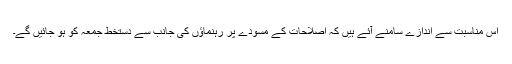
اس مناسبت سے اندازے سامنے آئے ہیں کہ اصلاحات کے مسودے پر رہنماؤں کی جانب سے دستخط جمعہ کو ہو جائیں گے۔